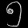
Digit: ၅